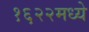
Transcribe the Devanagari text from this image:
१६२२मध्ये